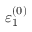
\varepsilon _ { 1 } ^ { ( 0 ) }